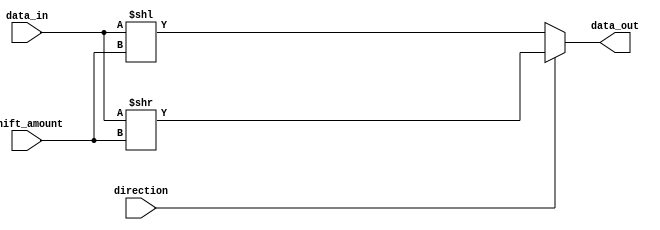
module BarrelShifter (
  input [31:0] data_in,
  input [4:0] shift_amount,
  input direction, // 1 for right, 0 for left
  output [31:0] data_out
);

reg [31:0] shifted_data;

always @(*) begin
  if(direction) begin
    shifted_data = data_in >> shift_amount;
  end else begin
    shifted_data = data_in << shift_amount;
  end
end

assign data_out = shifted_data;

endmodule